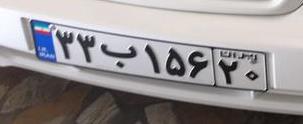
۳۳ب۱۵۶۲۰